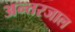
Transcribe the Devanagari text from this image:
अन्त्तरजाल